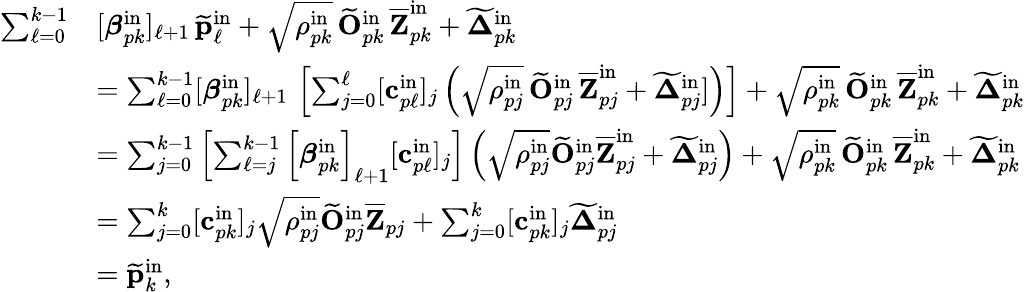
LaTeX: \begin{array}{rl}{\sum_{\ell=0}^{k-1}}&{[\boldsymbol{\beta}_{pk}^{\mathrm{in}}]_{\ell+1}\, \widetilde{\mathbf{p}}_{\ell}^{\mathrm{in}}+\sqrt{\rho_{pk}^{\mathrm{in}}}\, \widetilde{\mathbf{O}}_{pk}^{\mathrm{in}}\, \overline{{\mathbf{Z}}}_{pk}^{\mathrm{in}}+\widetilde{\boldsymbol{\Delta}}_{pk}^{\mathrm{in}}}\\ &{=\sum_{\ell=0}^{k-1}[\boldsymbol{\beta}_{pk}^{\mathrm{in}}]_{\ell+1}\, \left[\sum_{j=0}^{\ell}[\mathbf{c}_{p\ell}^{\mathrm{in}}]_{j}\left(\sqrt{\rho_{pj}^{\mathrm{in}}}\, \widetilde{\mathbf{O}}_{pj}^{\mathrm{in}}\, \overline{{\mathbf{Z}}}_{pj}^{\mathrm{in}}+\widetilde{\boldsymbol{\Delta}}_{pj}^{\mathrm{in}}]\right)\right]+\sqrt{\rho_{pk}^{\mathrm{in}}}\, \widetilde{\mathbf{O}}_{pk}^{\mathrm{in}}\, \overline{{\mathbf{Z}}}_{pk}^{\mathrm{in}}+\widetilde{\boldsymbol{\Delta}}_{pk}^{\mathrm{in}}}\\ &{=\sum_{j=0}^{k-1}\left[\sum_{\ell=j}^{k-1}\left[\boldsymbol{\beta}_{pk}^{\mathrm{in}}\right]_{\ell+1}[\mathbf{c}_{p\ell}^{\mathrm{in}}]_{j}\right]\left(\sqrt{\rho_{pj}^{\mathrm{in}}}\widetilde{\mathbf{O}}_{pj}^{\mathrm{in}}\overline{{\mathbf{Z}}}_{pj}^{\mathrm{in}}+\widetilde{\boldsymbol{\Delta}}_{pj}^{\mathrm{in}}\right)+\sqrt{\rho_{pk}^{\mathrm{in}}}\, \widetilde{\mathbf{O}}_{pk}^{\mathrm{in}}\, \overline{{\mathbf{Z}}}_{pk}^{\mathrm{in}}+\widetilde{\boldsymbol{\Delta}}_{pk}^{\mathrm{in}}}\\ &{=\sum_{j=0}^{k}[\mathbf{c}_{pk}^{\mathrm{in}}]_{j}\sqrt{\rho_{pj}^{\mathrm{in}}}\widetilde{\mathbf{O}}_{pj}^{\mathrm{in}}\overline{{\mathbf{Z}}}_{pj}+\sum_{j=0}^{k}[\mathbf{c}_{pk}^{\mathrm{in}}]_{j}\widetilde{\boldsymbol{\Delta}}_{pj}^{\mathrm{in}}}\\ &{=\widetilde{\mathbf{p}}_{k}^{\mathrm{in}},}\end{array}